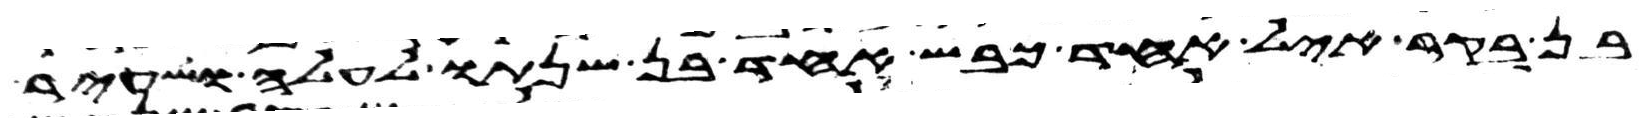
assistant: בן בקר איל אחד כבש אחד בן שנתו לעלה ושעיר